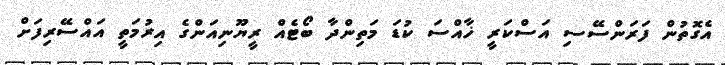
އެގޮތުން ފަރަންސޭސި އަސްކަރީ ޚާއްސަ ކުޑަ މަތިންދާ ބޯޓެއް ރީޔޫނިއަންގެ އިރުމަތީ އައްސޭރިފަށް